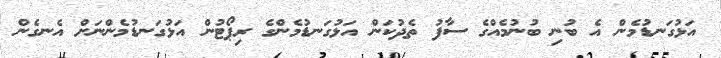
އަޅުގަނޑުމެން އެ ބުނި ބުނުމެއްގެ ސާފު ތެދުކަން އަޅުގަނޑުމެންގެ ރިޕޯޓުން އަޅުގަނޑުމެންނަށް އެނގެން